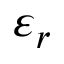
\varepsilon _ { r }